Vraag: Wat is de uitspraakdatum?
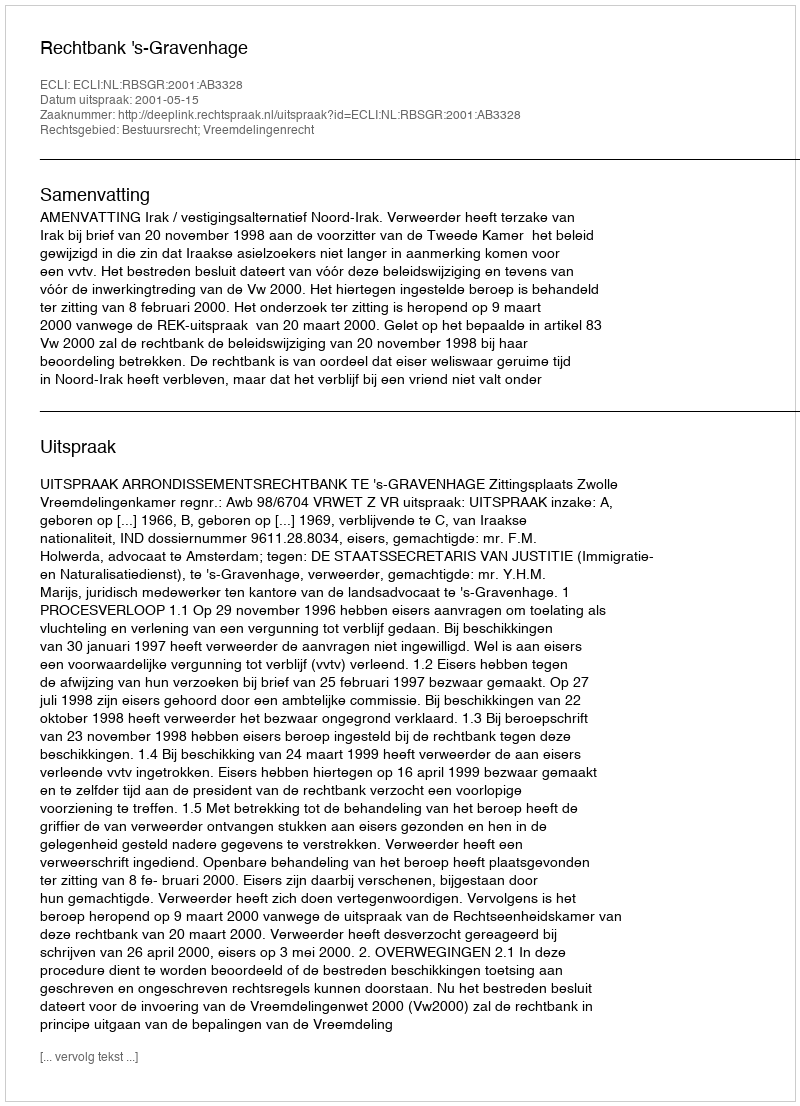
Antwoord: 2001-05-15